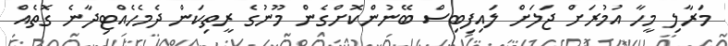
މަރާލި މީހާ އުމުރަށް ޖަލަށް ލައިފިބިސް ބޭނުންކޮށްގެން މޫނުގެ ރީތިކަން ދެމެހެއްޓިދާނެ ގޮތެއް